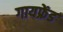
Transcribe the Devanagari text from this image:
गायफ्रेंड